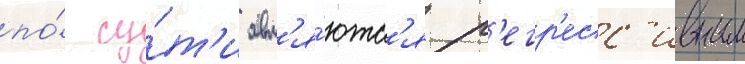
по́ су́т'и явл'я́ютс'я р'егр'есс'ивным